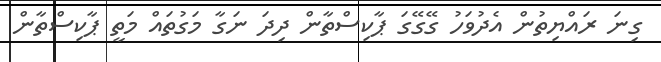
ގިނަ ރައްޔިތުން އެދުވަހު ގޭގޭގަ ޕާކިސްތާން ދިދަ ނަގާ މަގުތައް މަތީ ޕާކިސްތާން